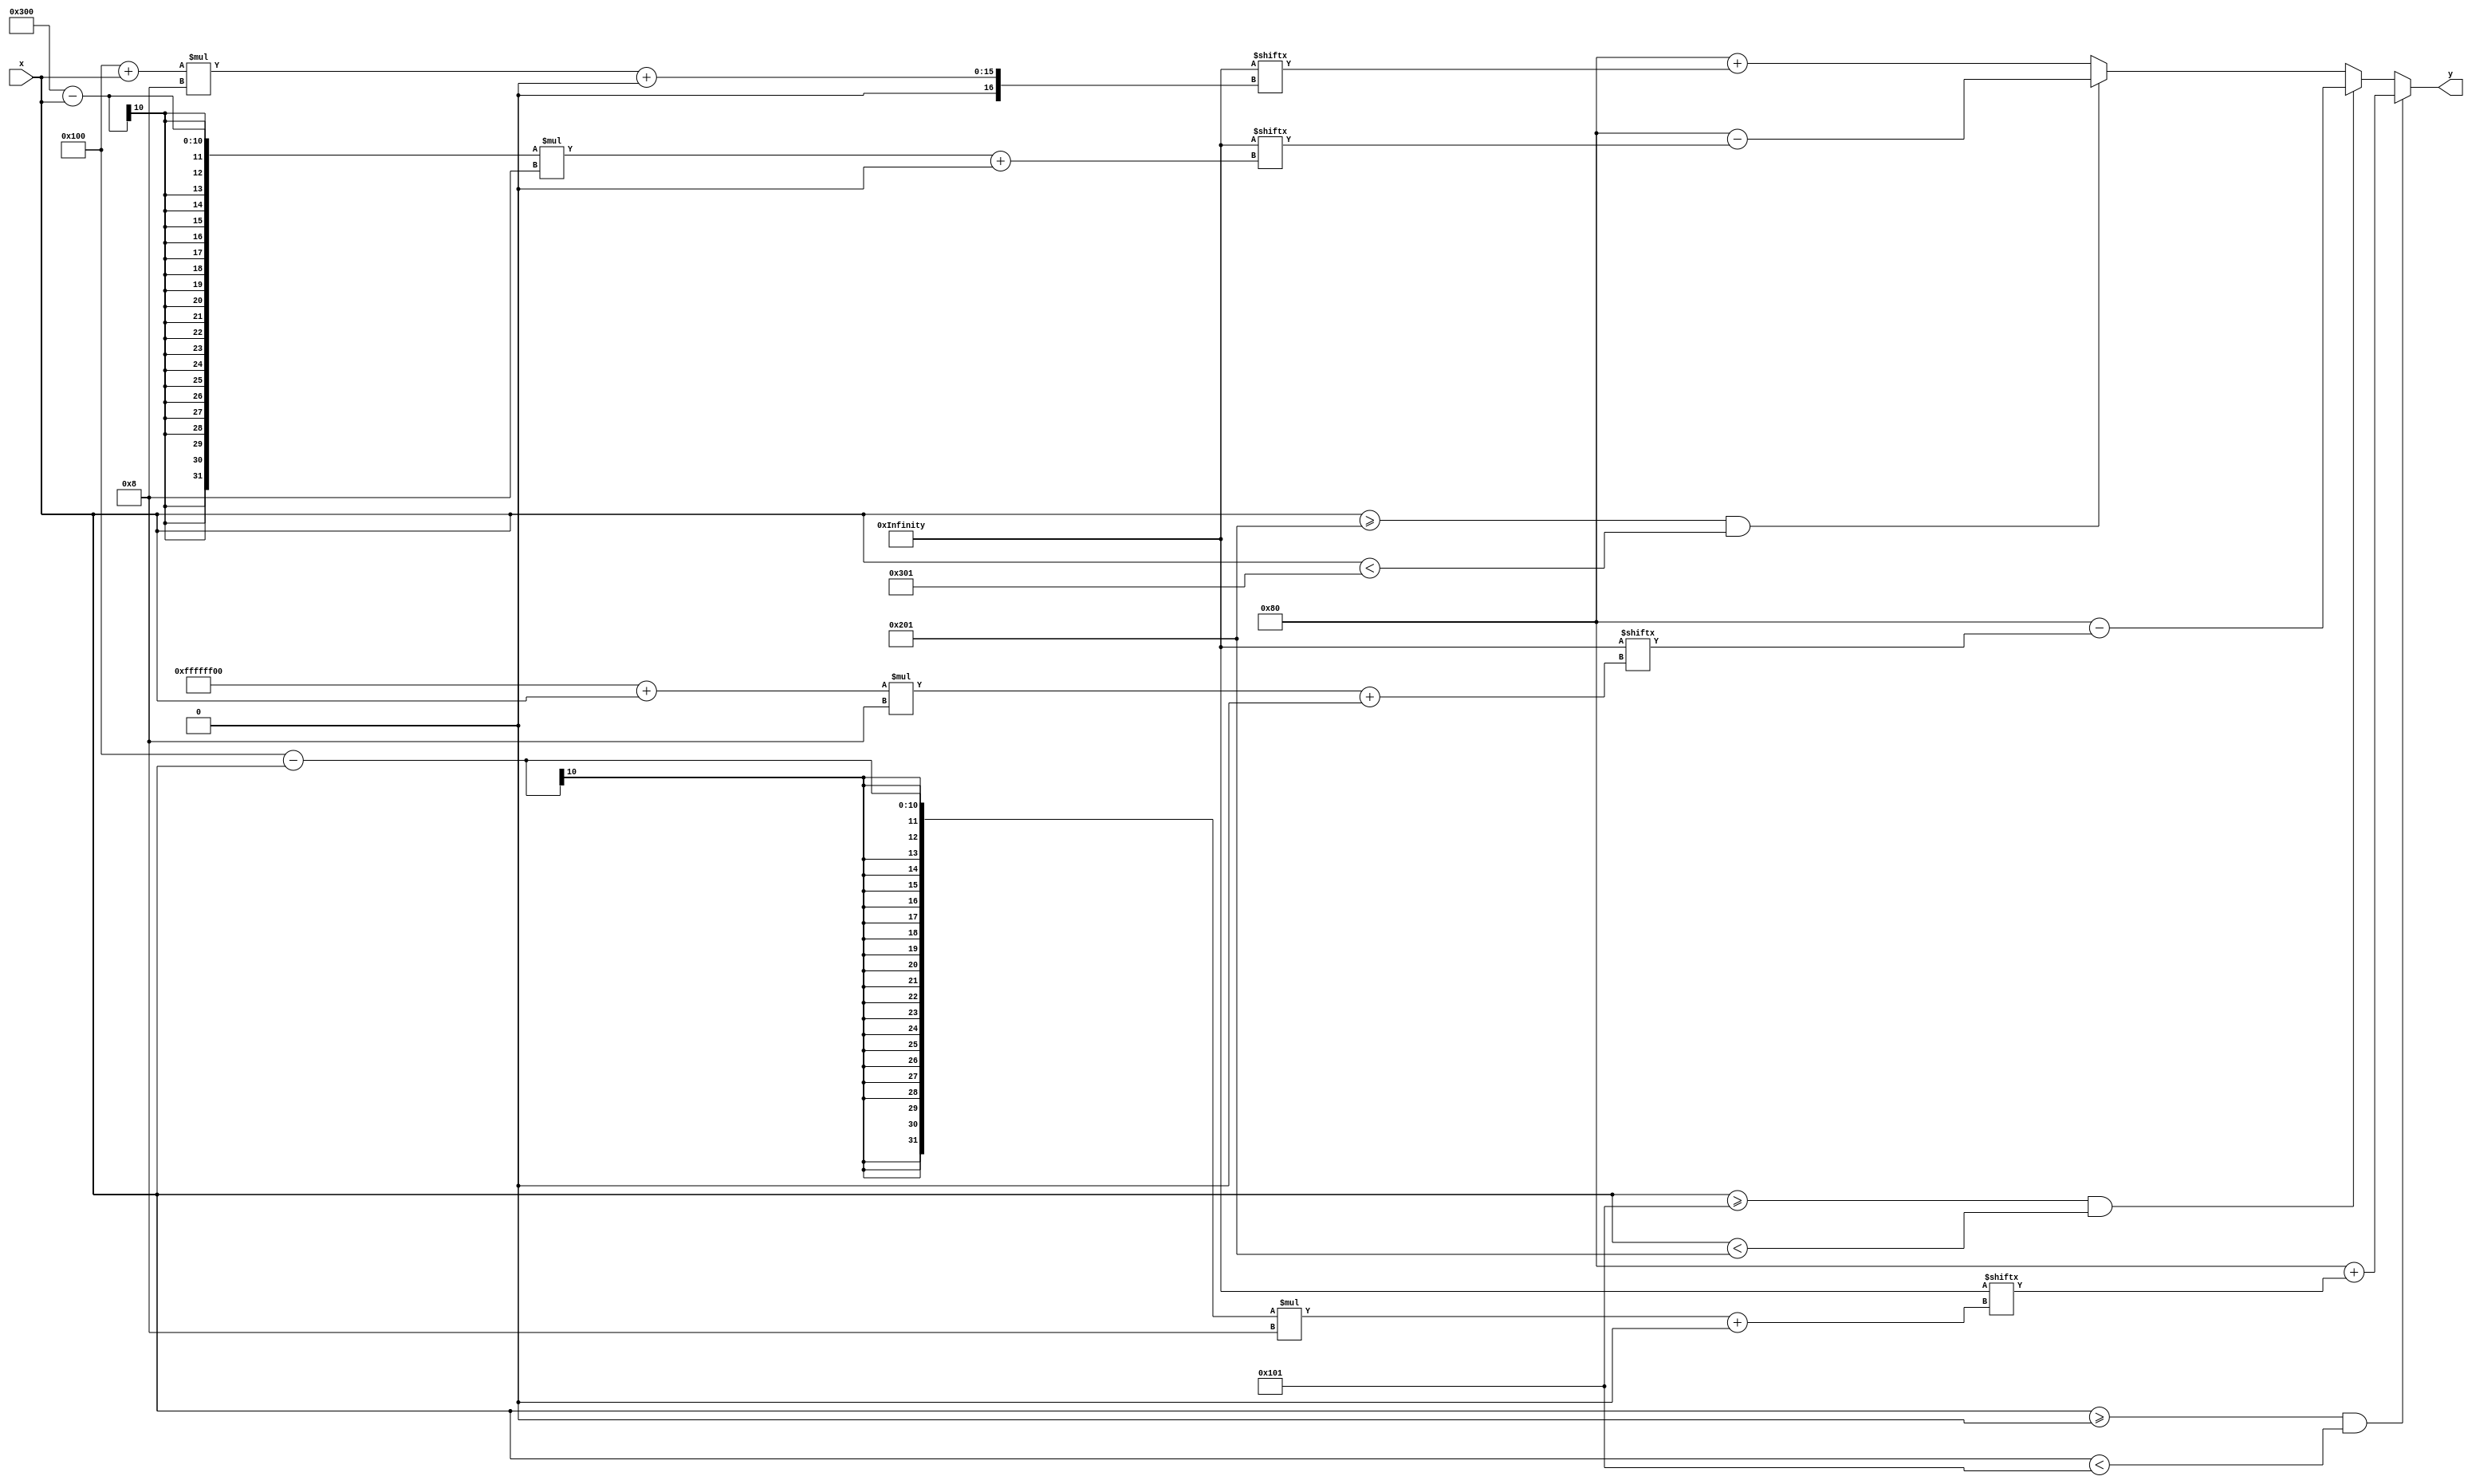
module cos (
	x,
	y
);
	input [9:0] x;
	output wire [7:0] y;
	wire [2055:0] qcos = 2056'b111111101111111011111110111111101111111011111110111111101111111011111110111111101111111011111110111111101111111011111110111111101111111011111110111111101111111011111110111111101111111011111110111111101111110011111100111111001111110011111100111111001111110011111100111110101111101011111010111110101111101011111010111110001111100011111000111110001111100011110110111101101111011011110110111101001111010011110100111101001111010011110010111100101111001011110010111100001111000011110000111011101110111011101110111011101110110011101100111011001110101011101010111010101110100011101000111010001110011011100110111001101110010011100100111001001110001011100010111000101110000011100000110111101101111011011110110111001101110011011010110110101101101011011000110110001101011011010110110101001101010011010100110100101101001011010000110100001100111011001110110011001100110011001010110010101100100011001000110001101100011011000100110001001100001011000010110000001100000010111110101111101011110010111100101110101011101010111000101110001011011010110110101101001011001010110010101100001011000010101110101011101010110010101010101010101010100010101000101001101010010010100100101000101010001010100000100111101001111010011100100111001001101010011000100110001001011010010100100101001001001010010000100100001000111010001110100011001000101010001010100010001000011010000110100001001000001010000010100000000111111001111100011111000111101001111000011110000111011001110100011101000111001001110000011100000110111001101100011010100110101001101000011001100110011001100100011000100110000001100000010111100101110001011010010110100101100001010110010101000101010001010010010100000100111001001110010011000100101001001000010010000100011001000100010000100100001001000000001111100011110000111100001110100011100000110110001101100011010000110010001100000011000000101110001011000010101000101000001010000010011000100100001000100010001000100000000111100001110000011010000110100001100000010110000101000001010000010010000100000000111000001100000011000000101000001000000001100000010000000100000000100000000;
	assign y = ((x >= 10'd0) && (x < 10'd257) ? 8'd128 + qcos[(256 - x) * 8+:8] : ((x >= 10'd257) && (x < 10'd513) ? 8'd128 - qcos[((256 - 10'd512) + x) * 8+:8] : ((x >= 10'd513) && (x < 10'd769) ? 8'd128 - qcos[((256 + 10'd512) - x) * 8+:8] : 8'd128 + qcos[(256 + x) * 8+:8])));
endmodule